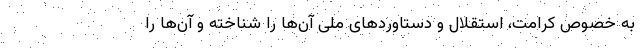
به خصوص کرامت، استقلال و دستاوردهای ملی آن‌ها را شناخته و آن‌ها را